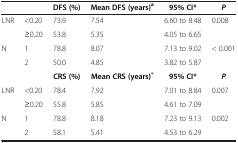
|  |  | DFS (%) | Mean DFS (years)a | 95% CI* | P |
 | --- | --- | --- | --- | --- | --- |
 | <ROWSPAN=2> LNR | <0.20 | 73.9 | 7.54 | 6.60 to 8.48 | <ROWSPAN=2> 0.008 |
 | ≥0.20 | 53.8 | 5.35 | 4.05 to 6.65 |
 | <ROWSPAN=2> N | 1 | 78.8 | 8.07 | 7.13 to 9.02 | <ROWSPAN=2> < 0.001 |
 | 2 | 50.0 | 4.85 | 3.82 to 5.87 |
 |  |  | CRS (%) | Mean CRS (years)* | 95% CI* | P |
 | <ROWSPAN=2> LNR | <0.20 | 78.4 | 7.92 | 7.01 to 8.84 | <ROWSPAN=2> 0.007 |
 | ≥0.20 | 55.8 | 5.85 | 4.61 to 7.09 |
 | N | 1 | 78.8 | 8.18 | 7.23 to 9.13 | 0.002 |
 |  | 2 | 58.1 | 5.41 | 4.53 to 6.29 |  |